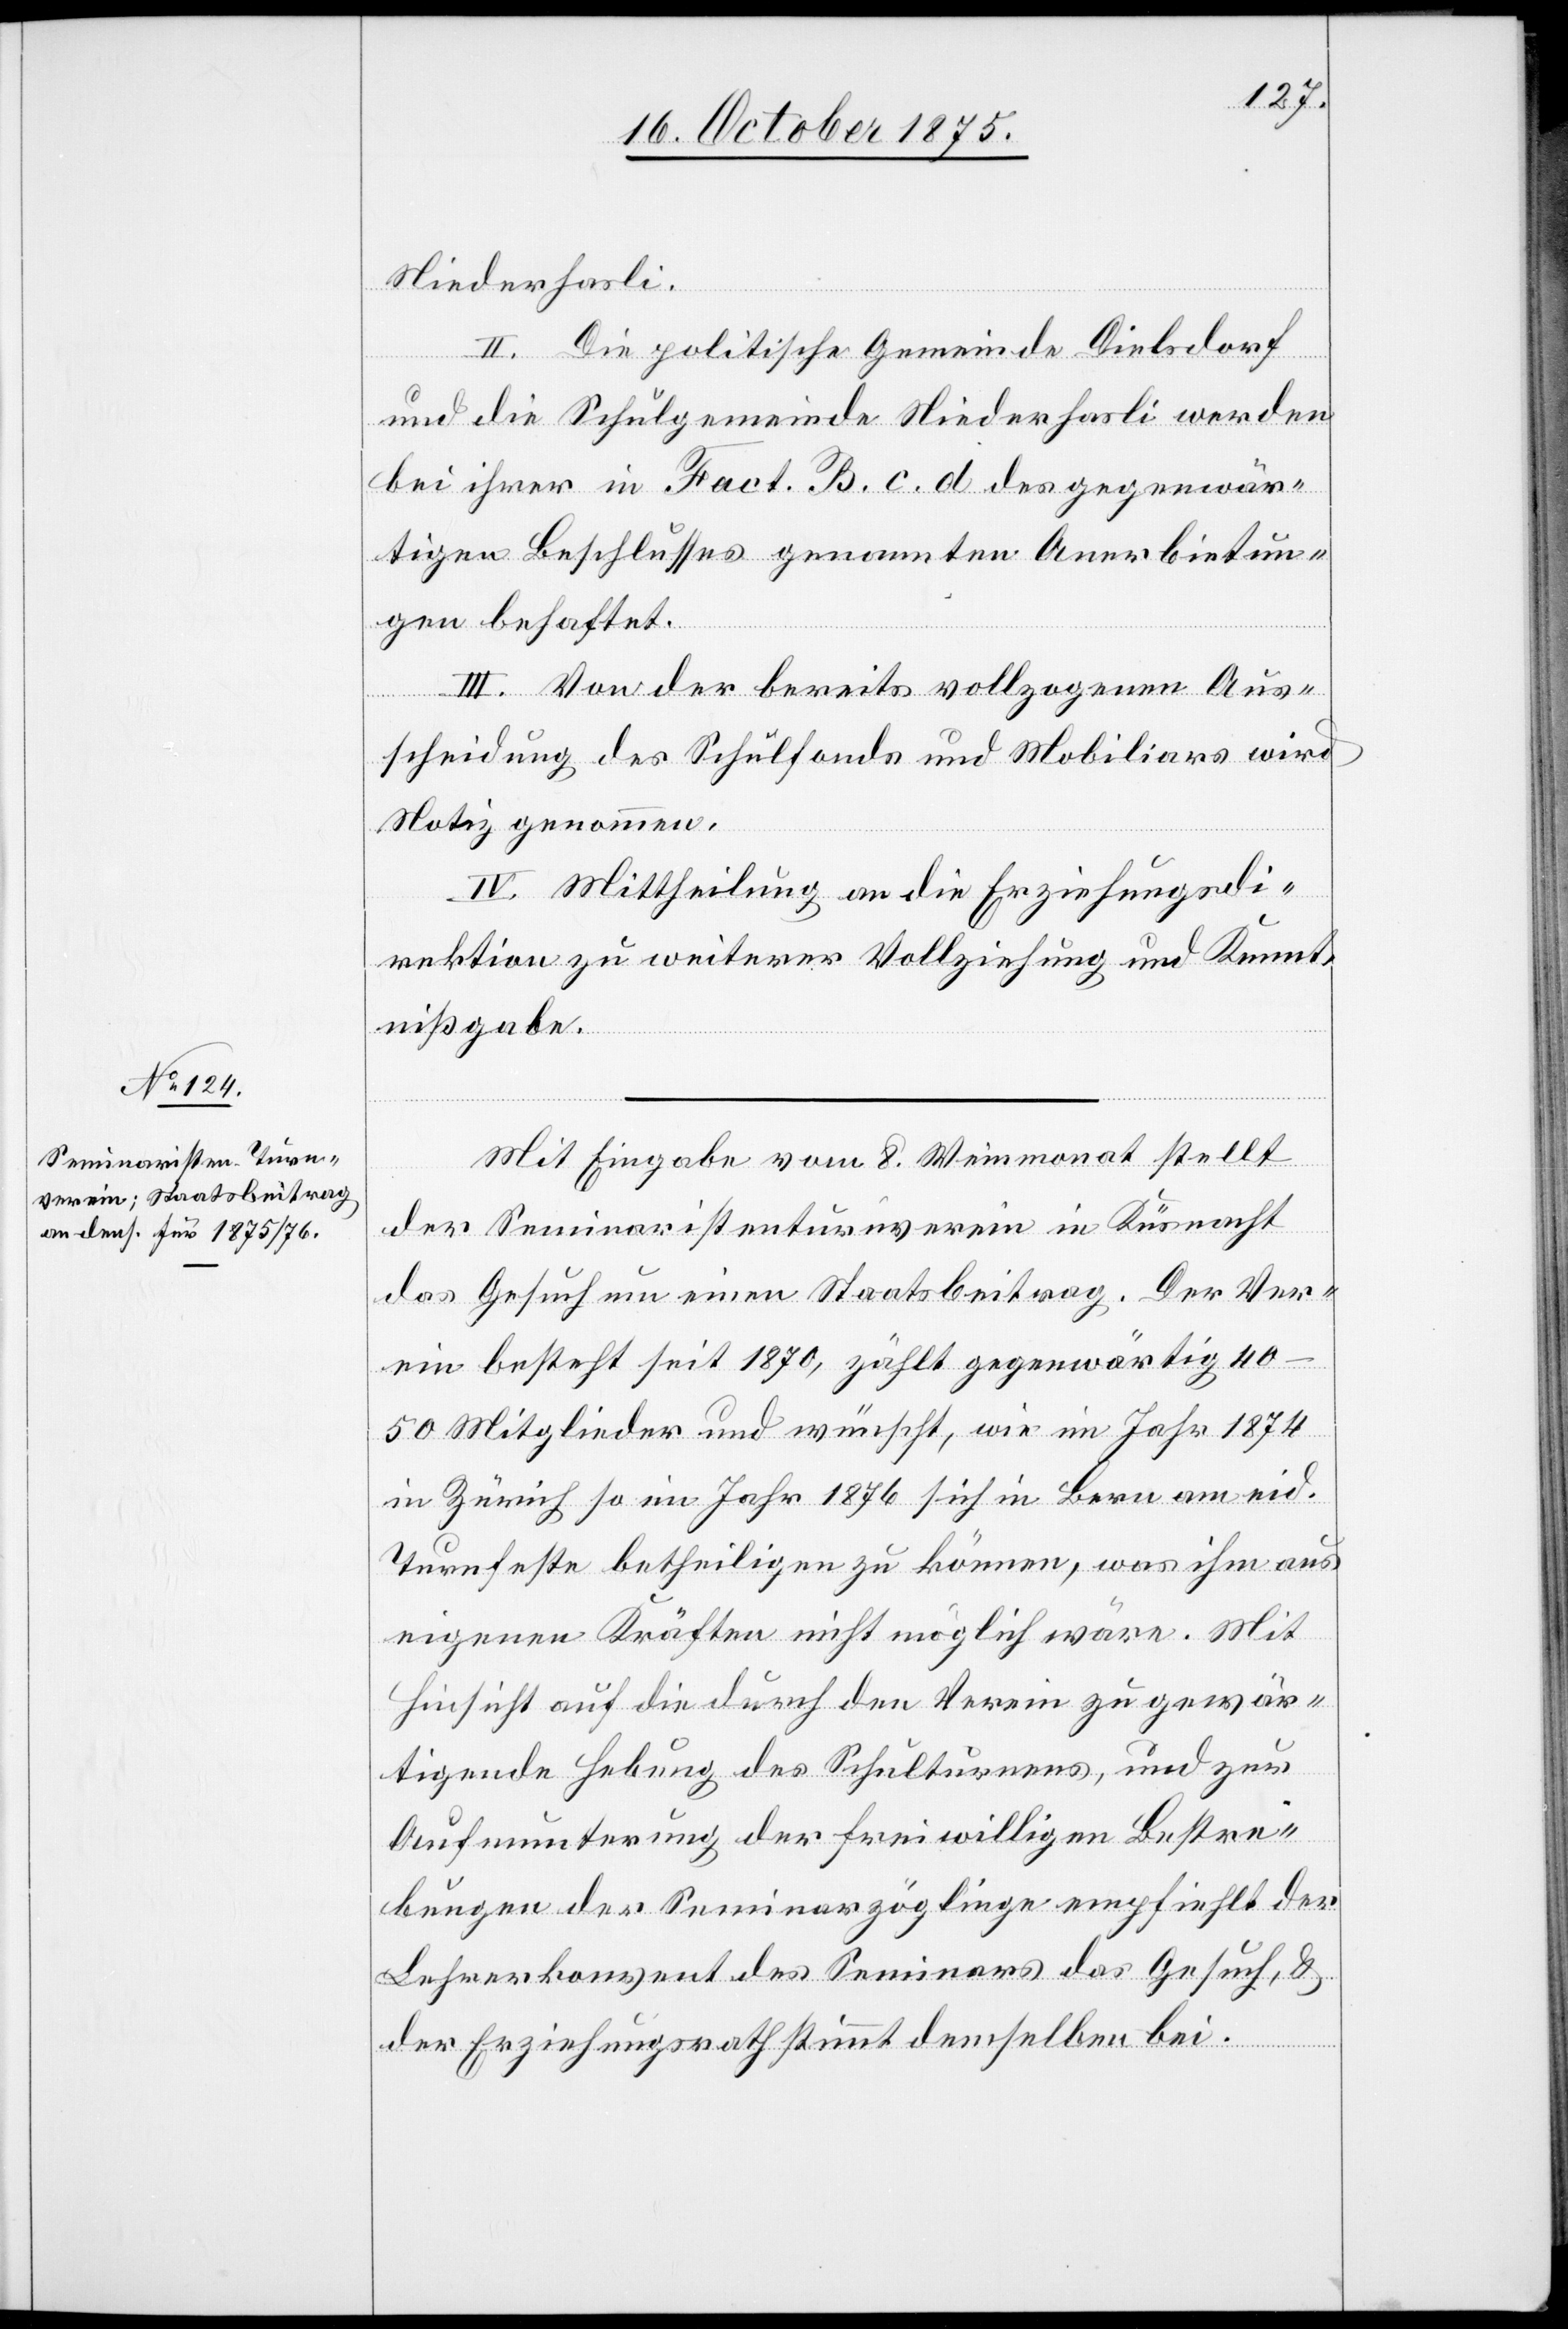
Niederhasli.
II. Die politische Gemeinde Dielsdorf
und die Schulgemeinde Niederhasli werden
bei ihrer in Fact. B. c. d. des gegenwär¬
tigen Beschlusses genannten Anerbietun¬
gen behaftet.
III. Von der bereits vollzogenen Aus¬
scheidung des Schulfonds und Mobiliars wird
Notiz genommen.
IV. Mittheilung an die Erziehungsdi¬
rektion zu weiterer Vollziehung und Kennt¬
nißgabe.
Mit Eingabe vom 8. Weinmonat stellt
der Seminaristenturnverein in Küsnacht
des Gesuch um einen Staatsbeitrag. Der Ver¬
ein besteht seit 1870, zählt gegenwärtig 40–50
Mitglieder und wünscht, wie im Jahr 1874
in Zürich so im Jahr 1876 sich in Bern am eid.
Turnfeste betheiligen zu können, was ihm aus
eigenen Kräften nicht möglich wäre. Mit
Hinsicht auf die durch den Verein zu gewär¬
tigende Hebung des Schulturnens, und zur
Aufmunterung der freiwilligen Bestre¬
bungen der Seminarzöglinge empfiehlt der
Lehrerkonvent des Seminars das Gesuch, &
der Erziehungsrath stimmt demselben bei.